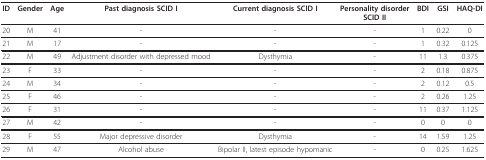
<table><thead><tr><td><b>ID</b></td><td><b>Gender</b></td><td><b>Age</b></td><td><b>Past diagnosis SCID I</b></td><td><b>Current diagnosis SCID I</b></td><td><b>Personality disorder SCID II</b></td><td><b>BDI</b></td><td><b>GSI</b></td><td><b>HAQ-DI</b></td></tr></thead><tbody><tr><td>20</td><td>M</td><td>41</td><td>-</td><td>-</td><td>-</td><td>1</td><td>0.22</td><td>0</td></tr><tr><td>21</td><td>M</td><td>17</td><td>-</td><td>-</td><td>-</td><td>1</td><td>0.32</td><td>0.125</td></tr><tr><td>22</td><td>M</td><td>49</td><td>Adjustment disorder with depressed mood</td><td>Dysthymia</td><td>-</td><td>11</td><td>1.3</td><td>0.375</td></tr><tr><td>23</td><td>F</td><td>33</td><td>-</td><td>-</td><td>-</td><td>2</td><td>0.18</td><td>0.875</td></tr><tr><td>24</td><td>M</td><td>34</td><td>-</td><td>-</td><td>-</td><td>2</td><td>0.12</td><td>0.5</td></tr><tr><td>25</td><td>F</td><td>46</td><td>-</td><td>-</td><td>-</td><td>2</td><td>0.26</td><td>1.25</td></tr><tr><td>26</td><td>F</td><td>31</td><td>-</td><td>-</td><td>-</td><td>11</td><td>0.37</td><td>1.125</td></tr><tr><td>27</td><td>M</td><td>42</td><td>-</td><td>-</td><td>-</td><td>0</td><td>0</td><td>0</td></tr><tr><td>28</td><td>F</td><td>55</td><td>Major depressive disorder</td><td>Dysthymia</td><td>-</td><td>14</td><td>1.59</td><td>1.25</td></tr><tr><td>29</td><td>M</td><td>47</td><td>Alcohol abuse</td><td>Bipolar II, latest episode hypomanic</td><td>-</td><td>0</td><td>0.25</td><td>1.625</td></tr></tbody></table>